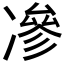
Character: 𠗿